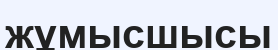
жұмысшысы